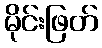
မိုင်းဖြတ်